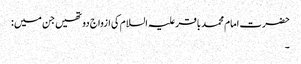
حضرت امام محمد باقر علیہ السلام کی ازواج دو تھیں جن میں :
۔